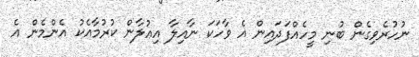
ނުހުރެވިގެން ބުނި މީހެއްފަދައިން އެ ވާހަކަ ނާއިލާ އިޢުލާން ކުރުމާއެކު އެންމެން އެ